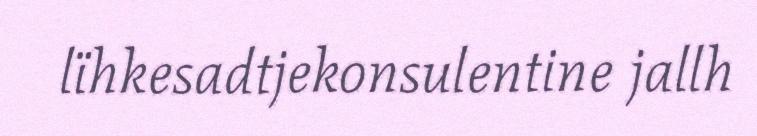
lïhkesadtjekonsulentine jallh